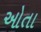
ઓતા